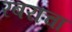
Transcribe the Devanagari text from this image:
रबराचा